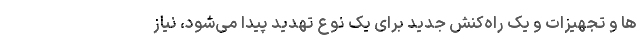
ها و تجهیزات و یک راه‌کنش جدید برای یک نوع تهدید پیدا می‌شود، نیاز